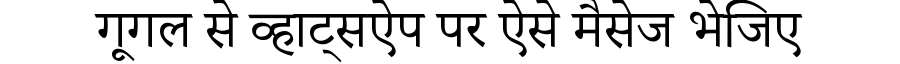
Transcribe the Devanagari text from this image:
गूगल से व्हाट्सऐप पर ऐसे मैसेज भेजिए